system: You are a helpful assistant.
user:
Analyze the provided spectrum to determine if it is a **M-type Giant (gM)**.

A M-type Giant spectrum is defined by its **strong molecular absorption** features, particularly from **Titanium Oxide (TiO)**. You must check for one of the following mutually exclusive signatures:

- **Key Visual Indicators (Absorption-Dominated Spectrum):**

    - **(Primary):** The spectrum is dominated by strong molecular absorption from **Titanium Oxide (TiO)**. This is the **defining feature** of its M-type temperature class.
        - **(Key Bandheads):** Look for sharp, "saw-tooth" absorption valleys. The strongest are located near **~7050 Å**, **~6160 Å**, and **~5170 Å**.
        - **(Line Profile):** The "saw-tooth" morphology is critical: a **sharp, steep drop on the BLUE (short-wavelength) side** of the bandhead, followed by a gradual recovery (rising flux) towards the RED (long-wavelength) side.

    - **(Key Confirmation - Giant vs. Dwarf):** **ABSENCE** of strong **Calcium Hydride (CaH)** molecular bands. This is the primary diagnostic for *excluding* M-dwarfs.
        - **(Key Region):** The spectrum should lack the strong, broad absorption band seen in dwarfs between **~6800 Å and ~7000 Å**.

    - **(Secondary Confirmation - Giant):** A very strong and broad **Neutral Calcium (Ca I)** atomic absorption line.
        - **(Key Line):** Located at **~4226 Å**. In a giant (gM), this line is significantly deeper and broader than the same line in an M-dwarf (dM) due to low surface gravity.

    - **(Overall Spectrum):**
        - The continuum is **extremely red-sloping** (i.e., flux is very low in the blue and rises dramatically towards the red).
        - The entire spectrum appears "chopped up" by the deep TiO bands.

Think first, call **spectral_visualization_tool** if needed to examine features in detail, then provide your final answer. Your response must adhere to the following strict rules:
1.  **Overall Structure:** Your response must follow the format `<think>...</think> <tool_call>...</tool_call> (if a tool is used) <answer>...</answer>`.
2.  **Tool Usage Constraint:** You may only make **one** tool call per turn.
3.  **Final Answer Format:** In the `<answer>` tag, your conclusion must be inside a `\boxed{}` command (e.g., `\boxed{YES}` or `\boxed{NO}`), followed by your justification.

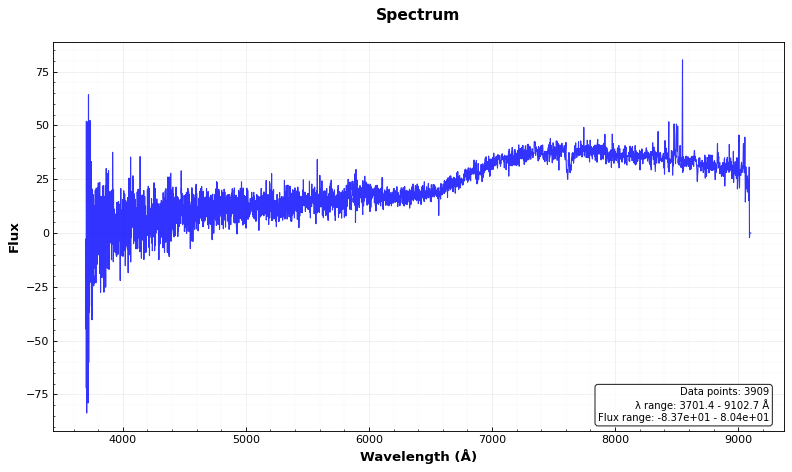
Answer: NO